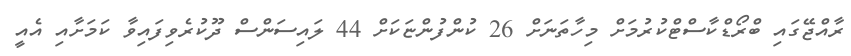
ރާއްޖޭގައި ބްރޯޑްކާސްޓްކުރުމަށް މިހާތަނަށް 26 ކުންފުންޏަކަށް 44 ލައިސަންސް ދޫކުރެވިފައިވާ ކަމަށާއި އެއީ